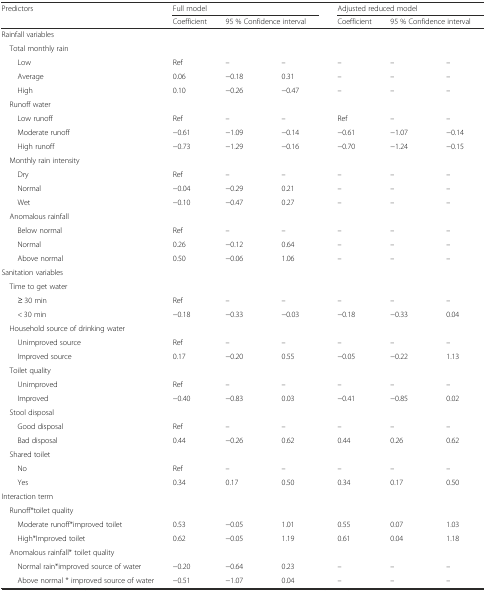
<table><thead><tr><td rowspan="2"><b>Predictors</b></td><td colspan="3"><b>Full model</b></td><td colspan="3"><b>Adjusted reduced model</b></td></tr><tr><td><b>Coefficient</b></td><td colspan="2"><b>95 % Confidence interval</b></td><td><b>Coefficient</b></td><td colspan="2"><b>95 % Confidence interval</b></td></tr></thead><tbody><tr><td colspan="7">Rainfall variables</td></tr><tr><td colspan="7"> Total monthly rain</td></tr><tr><td>Low</td><td>Ref</td><td>–</td><td>–</td><td>–</td><td>–</td><td>–</td></tr><tr><td>Average</td><td>0.06</td><td>−0.18</td><td>0.31</td><td>–</td><td>–</td><td>–</td></tr><tr><td>High</td><td>0.10</td><td>−0.26</td><td>−0.47</td><td>–</td><td>–</td><td>–</td></tr><tr><td colspan="7"> Runoff water</td></tr><tr><td>Low runoff</td><td>Ref</td><td>–</td><td>–</td><td>Ref</td><td>–</td><td>–</td></tr><tr><td>Moderate runoff</td><td>−0.61</td><td>−1.09</td><td>−0.14</td><td>−0.61</td><td>−1.07</td><td>−0.14</td></tr><tr><td>High runoff</td><td>−0.73</td><td>−1.29</td><td>−0.16</td><td>−0.70</td><td>−1.24</td><td>−0.15</td></tr><tr><td colspan="7"> Monthly rain intensity</td></tr><tr><td>Dry</td><td>Ref</td><td>–</td><td>–</td><td>–</td><td>–</td><td>–</td></tr><tr><td>Normal</td><td>−0.04</td><td>−0.29</td><td>0.21</td><td>–</td><td>–</td><td>–</td></tr><tr><td>Wet</td><td>−0.10</td><td>−0.47</td><td>0.27</td><td>–</td><td>–</td><td>–</td></tr><tr><td colspan="7"> Anomalous rainfall</td></tr><tr><td>Below normal</td><td>Ref</td><td>–</td><td>–</td><td>–</td><td>–</td><td>–</td></tr><tr><td>Normal</td><td>0.26</td><td>−0.12</td><td>0.64</td><td>–</td><td>–</td><td>–</td></tr><tr><td>Above normal</td><td>0.50</td><td>−0.06</td><td>1.06</td><td>–</td><td>–</td><td>–</td></tr><tr><td colspan="7">Sanitation variables</td></tr><tr><td colspan="7"> Time to get water</td></tr><tr><td>≥ 30 min</td><td>Ref</td><td>–</td><td>–</td><td>–</td><td>–</td><td>–</td></tr><tr><td>&lt; 30 min</td><td>−0.18</td><td>−0.33</td><td>−0.03</td><td>−0.18</td><td>−0.33</td><td>0.04</td></tr><tr><td colspan="7"> Household source of drinking water</td></tr><tr><td>Unimproved source</td><td>Ref</td><td>–</td><td>–</td><td>–</td><td>–</td><td>–</td></tr><tr><td>Improved source</td><td>0.17</td><td>−0.20</td><td>0.55</td><td>−0.05</td><td>−0.22</td><td>1.13</td></tr><tr><td colspan="7"> Toilet quality</td></tr><tr><td>Unimproved</td><td>Ref</td><td>–</td><td>–</td><td>–</td><td>–</td><td>–</td></tr><tr><td>Improved</td><td>−0.40</td><td>−0.83</td><td>0.03</td><td>−0.41</td><td>−0.85</td><td>0.02</td></tr><tr><td colspan="7"> Stool disposal</td></tr><tr><td>Good disposal</td><td>Ref</td><td>–</td><td>–</td><td>–</td><td>–</td><td>–</td></tr><tr><td>Bad disposal</td><td>0.44</td><td>−0.26</td><td>0.62</td><td>0.44</td><td>0.26</td><td>0.62</td></tr><tr><td colspan="7"> Shared toilet</td></tr><tr><td>No</td><td>Ref</td><td>–</td><td>–</td><td>–</td><td>–</td><td>–</td></tr><tr><td>Yes</td><td>0.34</td><td>0.17</td><td>0.50</td><td>0.34</td><td>0.17</td><td>0.50</td></tr><tr><td colspan="7">Interaction term</td></tr><tr><td colspan="7"> Runoff*toilet quality</td></tr><tr><td>Moderate runoff*improved toilet</td><td>0.53</td><td>−0.05</td><td>1.01</td><td>0.55</td><td>0.07</td><td>1.03</td></tr><tr><td>High*Improved toilet</td><td>0.62</td><td>−0.05</td><td>1.19</td><td>0.61</td><td>0.04</td><td>1.18</td></tr><tr><td colspan="7"> Anomalous rainfall* toilet quality</td></tr><tr><td>Normal rain*improved source of water</td><td>−0.20</td><td>−0.64</td><td>0.23</td><td>–</td><td>–</td><td>–</td></tr><tr><td>Above normal * improved source of water</td><td>−0.51</td><td>−1.07</td><td>0.04</td><td>–</td><td>–</td><td>–</td></tr></tbody></table>